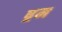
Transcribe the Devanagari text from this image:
ष्रम